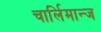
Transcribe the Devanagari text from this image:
चार्लिमान्ज